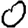
Digit: 0